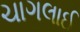
ચાગલાઈ